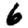
Digit: 6